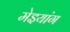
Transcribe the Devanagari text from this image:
मेइयांग